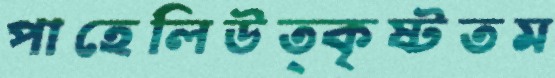
পাহেলিউত্কৃষ্টতম